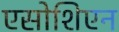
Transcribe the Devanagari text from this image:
एसोशिएन